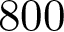
8 0 0